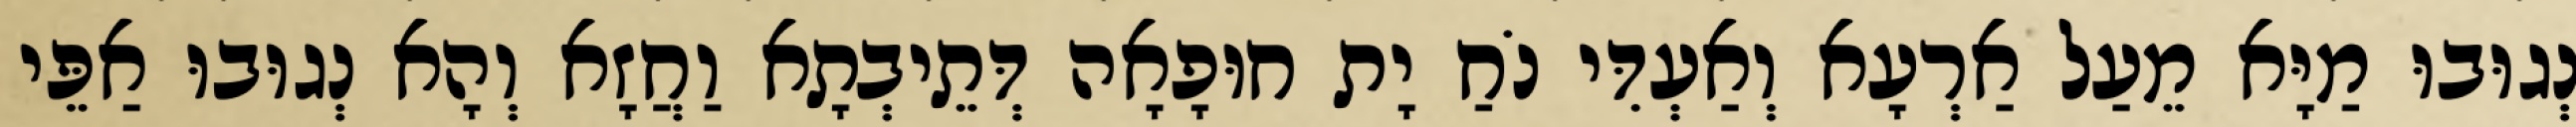
נְגוּבוּ מַיָּא מֵעַל אַרְעָא וְאַעְדִּי נֹחַ יָת חוּפָאָה דְּתֵיבְתָא וַחֲזָא וְהָא נְגוּבוּ אַפֵּי